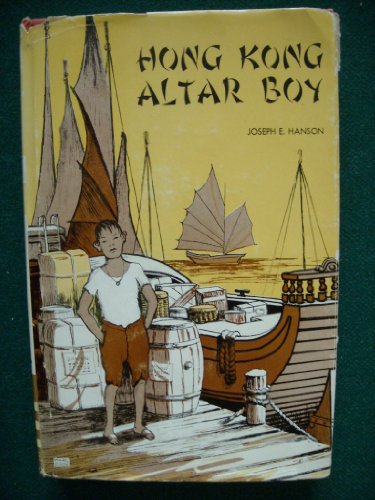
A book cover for Hong Kong Altar Boy; Joseph E. Hanson; Travel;